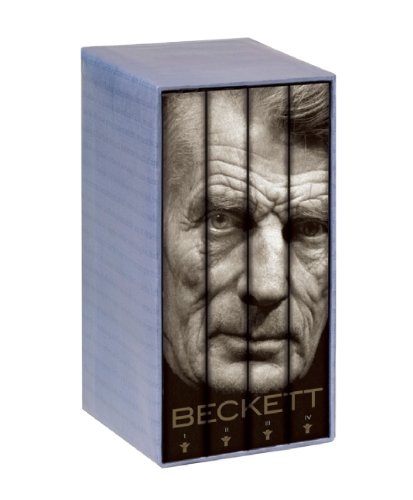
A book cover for The Selected Works of Samuel Beckett; Samuel Beckett; Literature & Fiction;